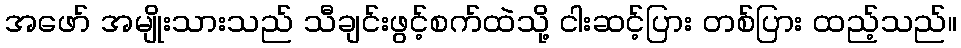
အဖော် အမျိုးသားသည် သီချင်းဖွင့်စက်ထဲသို့ ငါးဆင့်ပြား တစ်ပြား ထည့်သည်။